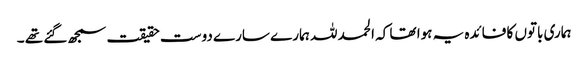
ہماری باتوں کا فائدہ یہ ہوا تھا کہ الحمد للہ ہمارے سارے دوست حقیقت سمجھ گئے تھے ۔